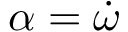
\alpha = { \dot { \omega } }